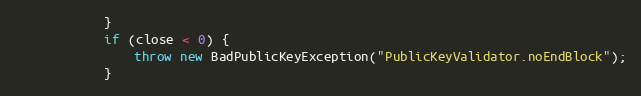
Language: Java
            }
            if (close < 0) {
                throw new BadPublicKeyException("PublicKeyValidator.noEndBlock");
            }